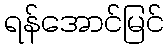
ရန်အောင်မြင်